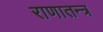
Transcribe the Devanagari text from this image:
राणातन्त्र